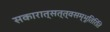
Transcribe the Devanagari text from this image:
सकारात्सत्त्वसम्भूतिरिति